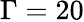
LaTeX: \Gamma=20